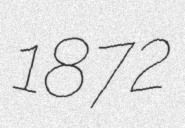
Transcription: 1872